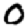
Digit: 0